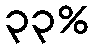
၃၃%